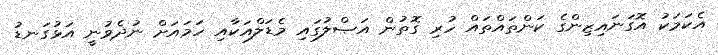
އެކަމަކު އޮގަނައިޒިންގެ ކަންތައްތައް ހުރި ގޮތުން އަޞްލުގައި މެޑަލްއަކާއި ހަމައަށް ނުދެވުނީ އަޅުގަނޑު